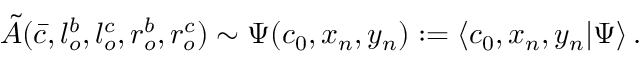
{ \tilde { A } } ( \bar { c } , l _ { o } ^ { b } , l _ { o } ^ { c } , r _ { o } ^ { b } , r _ { o } ^ { c } ) \sim \Psi ( c _ { 0 } , x _ { n } , y _ { n } ) : = \langle c _ { 0 } , x _ { n } , y _ { n } | \Psi \rangle \, .